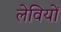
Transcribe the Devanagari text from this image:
लेवियों